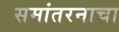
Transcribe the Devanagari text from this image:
समांतरनाचा